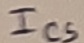
Text: Ics